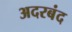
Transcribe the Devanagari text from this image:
अदरबंद